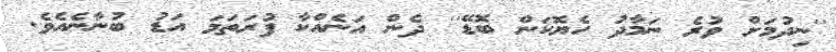
''ނިދުމަށް ވުރެ ނަމާދު ހެޔޮކަން ބޮޑޭ'' ދެން އަނެއްކާ ފުރަތަމަ އަޑު ބުނާނެއެވެ.